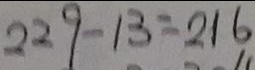
2 2 9 - 1 3 = 2 1 6